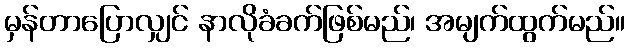
မှန်တာပြောလျှင် နာလိုခံခက်ဖြစ်မည်၊ အမျက်ထွက်မည်။